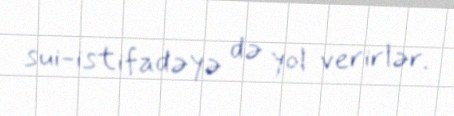
sui-istifadəyə də yol verirlər.